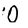
Character: O